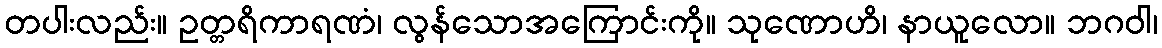
တပါးလည်း။ ဥတ္တရိကာရဏံ၊ လွန်သောအကြောင်းကို။ သုဏောဟိ၊ နာယူလော။ ဘဂဝါ၊